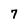
Character: 7